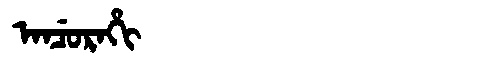
Manchu: ᠠᠨᠴᡠᡵᠠᡥᡳ
Romanization: ANCURAHI